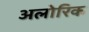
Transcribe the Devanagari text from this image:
अलोरिक